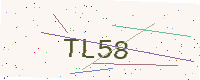
Text: TL58